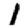
Digit: 1